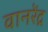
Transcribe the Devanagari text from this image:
वानरेंद्र